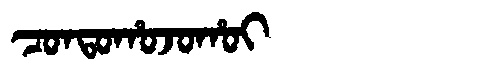
Manchu: ᠴᠣᠨᡨᠣᡥᠣᠵᠣᡥᠣᡳ
Romanization: CONTOHOJOHOI